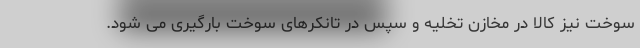
سوخت نیز کالا در مخازن تخلیه و سپس در تانکرهای سوخت بارگیری می شود.